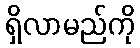
ရှိလာမည်ကို